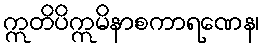
ဣတိပိဣမိနာစကာရဏေန၊